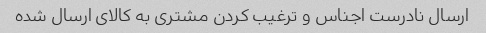
ارسال نادرست اجناس و ترغیب کردن مشتری به کالای ارسال شده